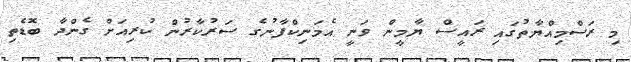
މި ރަސްމިއްޔާތުގައި ރައީސް ޔާމީން ވަނީ އެމަނިކްފާނުގެ ސަރުކާރުން ކުރިއަށް ގެންދާ ބޮޑެތި